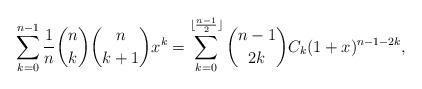
LaTeX: \begin{align*}\sum_{k=0}^{n-1}\frac1{n}\binom{n}{k}\binom{n}{k+1}x^k=\sum_{k=0}^{\lfloor\frac{n-1}{2}\rfloor}\binom{n-1}{2k}C_k(1+x)^{n-1-2k},\end{align*}